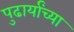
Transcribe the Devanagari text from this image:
पुढार्यांच्या